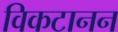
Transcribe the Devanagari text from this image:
विकटानन